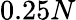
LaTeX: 0.25N